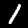
Digit: 1